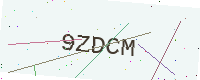
Text: 9ZDCM